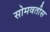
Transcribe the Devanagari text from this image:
सोमवतीस